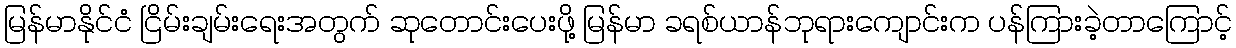
မြန်မာနိုင်ငံ ငြိမ်းချမ်းရေးအတွက် ဆုတောင်းပေးဖို့ မြန်မာ ခရစ်ယာန်ဘုရားကျောင်းက ပန်ကြားခဲ့တာကြောင့်